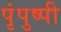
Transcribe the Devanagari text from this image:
पृंपुष्पी